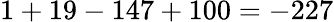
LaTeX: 1+19-147+100=-227